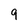
Character: 9